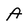
Character: A